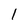
Character: 1